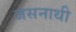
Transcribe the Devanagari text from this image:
जसनाथी